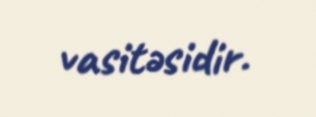
vasitəsidir.